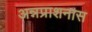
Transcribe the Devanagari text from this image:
अन्नप्राशनास